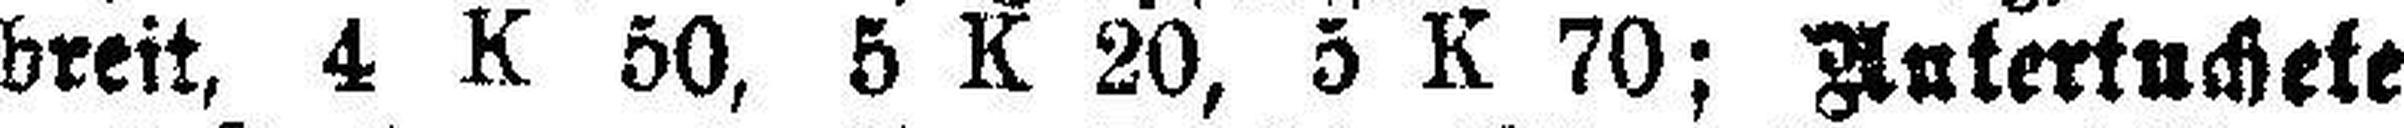
breit, 4 K 50, 5 K 20, 5 K 70; Antertuchete